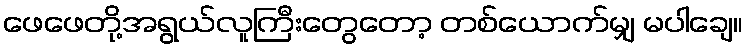
ဖေဖေတို့အရွယ်လူကြီးတွေတော့ တစ်ယောက်မျှ မပါချေ။